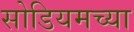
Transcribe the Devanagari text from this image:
सोडियमच्या